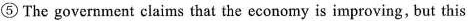
⑤ The government claims that the economy is improving, but this